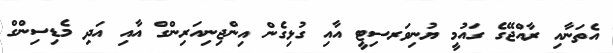
އެތަނާއި ރާއްޖޭގެ ގައުމީ ޔުނިވަރސިޓީ އާއި ގުޅިގެން އިންޖިިނިއަރިންގް އާއި އަދި މެޑިސިންގް